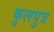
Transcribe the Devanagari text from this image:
कुलपुत्र